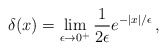
\begin{align*}\delta (x) = \lim_{\epsilon\rightarrow 0^+} {1\over 2\epsilon} e^{-|x|/\epsilon}\,,\end{align*}